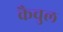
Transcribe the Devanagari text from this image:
कैचुल